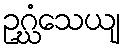
ဥဂ္ဃံသေယျ